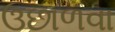
ઉછાળવા